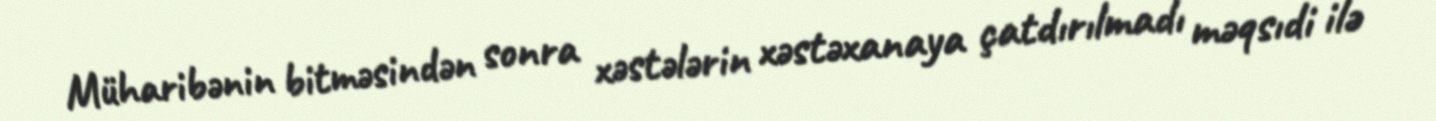
Müharibənin bitməsindən sonra xəstələrin xəstəxanaya çatdırılmadı məqsıdi ilə